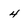
Character: 4